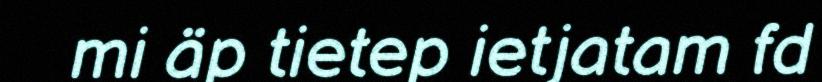
mi äp tietep ietjatam fd